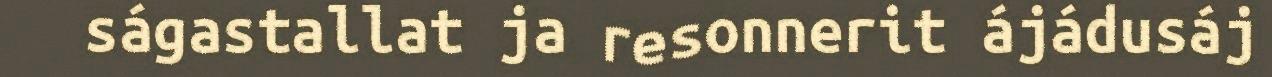
ságastallat ja resonnerit ájádusáj